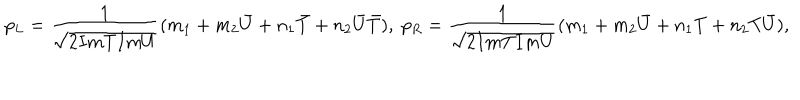
{ p _ { L } } = \frac { 1 } { \sqrt { 2 I m T I m U } } ( m _ { 1 } + m _ { 2 } { \bar { U } } + n _ { 1 } { \bar { T } } + n _ { 2 } { \bar { U } } { \bar { T } } ) , \; p _ { R } = \frac { 1 } { \sqrt { 2 I m T I m U } } ( m _ { 1 } + m _ { 2 } { \bar { U } } + n _ { 1 } T + n _ { 2 } T { \bar { U } } ) ,